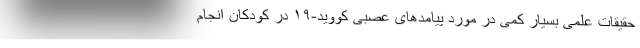
حقیقات علمی بسیار کمی در مورد پیامدهای عصبی کووید-۱۹ در کودکان انجام